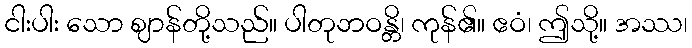
ငါးပါး သော ဈာန်တို့သည်။ ပါတုဘဝန္တိ၊ ကုန်၏။ ဧဝံ၊ ဤသို့။ အဿ၊